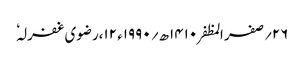
۲۶؍صفر المظفر ۱۴۱۰ھ؍ ۱۹۹۰ء ۱۲،رضوی غفرلہٗ